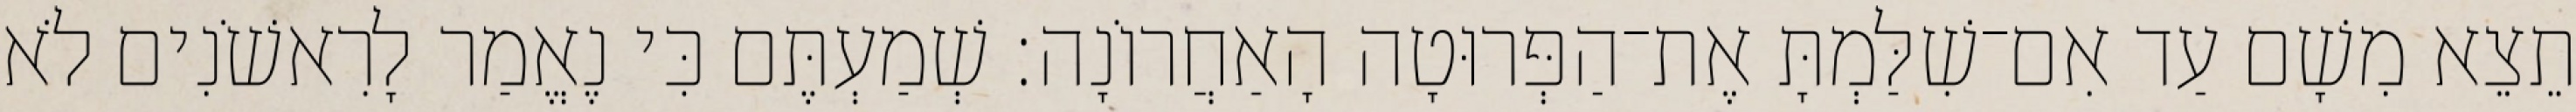
תֵצֵא מִשָׁם עַד אִם־שִׁלַּמְתָּ אֶת־הַפְּרוּטָה הָאַחֲרוֹנָה׃ שְׁמַעְתֶּם כִּי נֶאֱמַר לָרִאשֹׁנִים לֹא